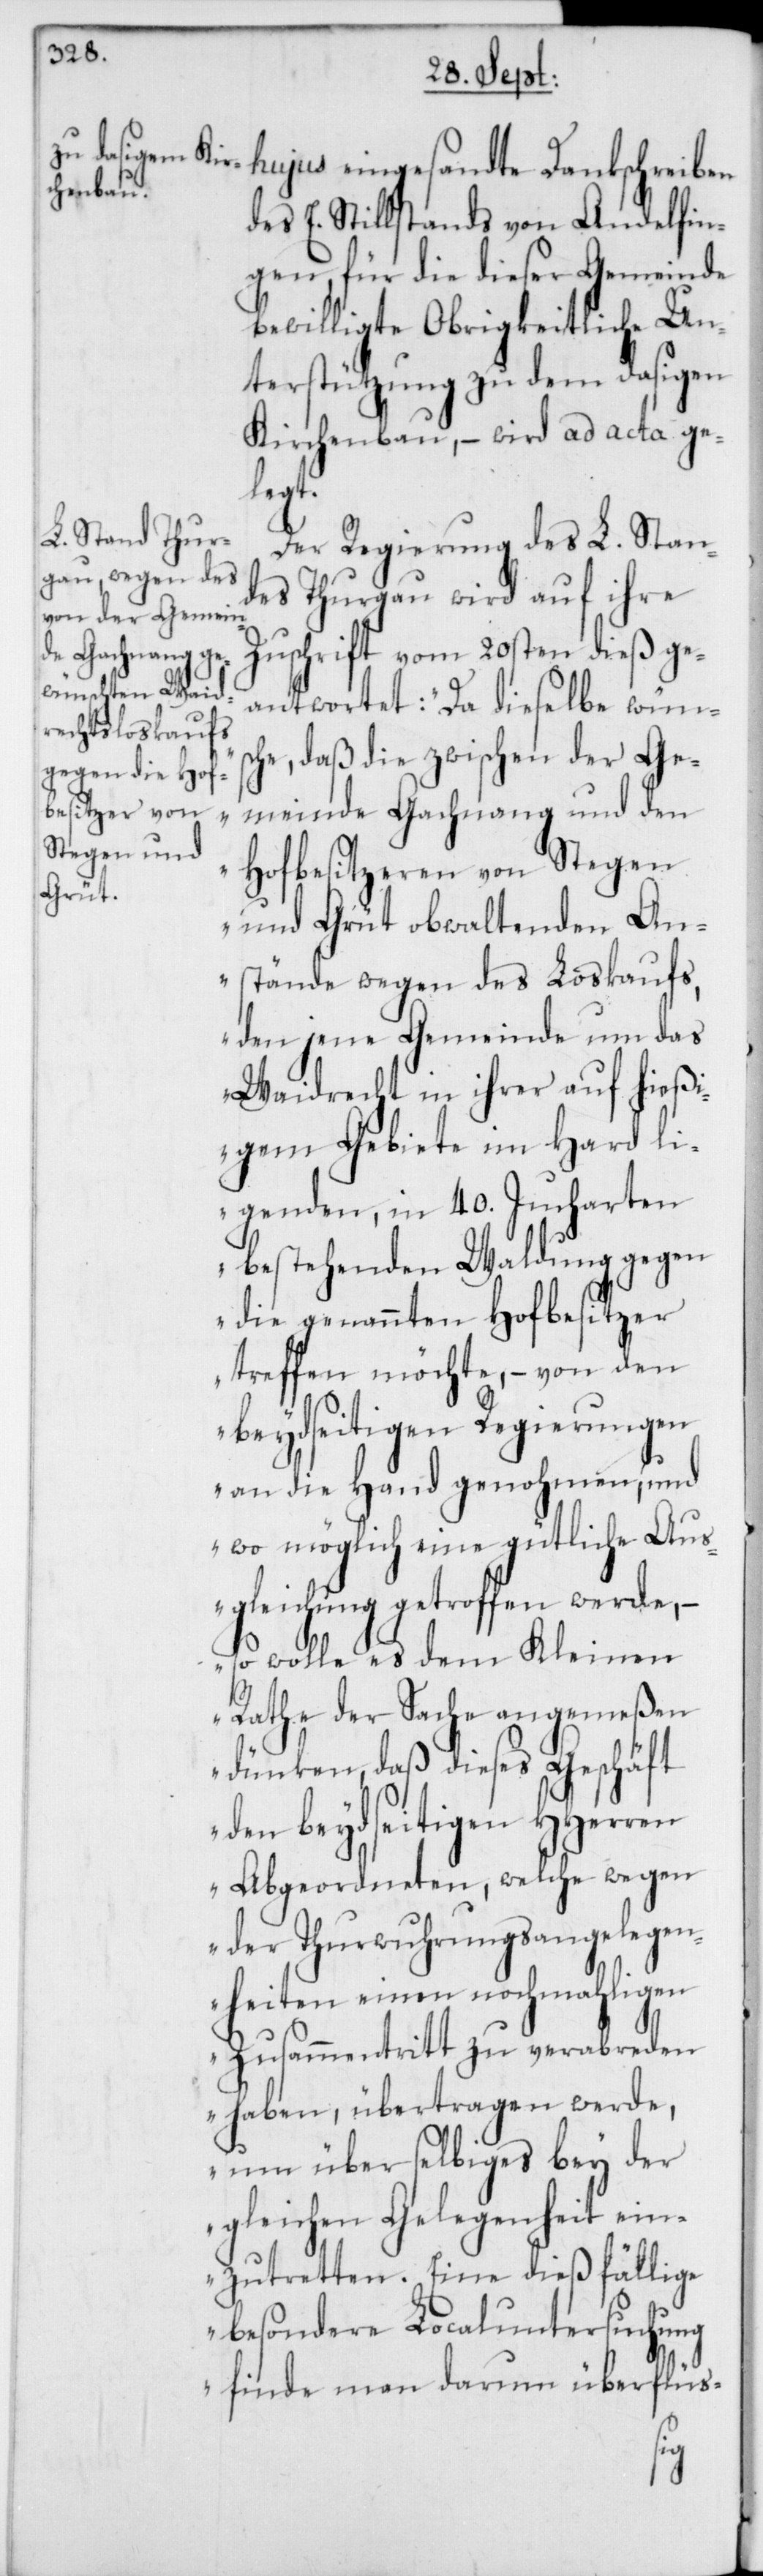
hujus eingesandte Dankschreiben
des E. Stillstands von Andelfin¬
gen, für die dieser Gemeinde
bewilligte Obrigkeitliche Un¬
terstützung zu dem dasigen
Kirchenbau, – wird ad acta ge¬
legt.
Der Regierung des L. Stan¬
des Thurgau wird auf ihre
Zuschrift vom 20sten dieß ge¬
antwortet: „Da dieselbe wüns¬
che, daß die zwischen der Ge¬
meinde Gachnang und den
Hofbesitzeren von Stegen
und Grüt obwaltenden An¬
stände wegen des Loskaufs,
den jene Gemeinde um das
Waidrecht in ihrer auf hieß¬
igem Gebiete im Hard li¬
genden, in 40. Jucharten
bestehenden Waldung gegen
die genannten Hofbesitzer
treffen möchte, – von den
beydseitigen Regierungen
an die Hand genohmen, und
wo möglich eine gütliche Aus¬
gleichung getroffen werde, –
so wolle es dem Kleinen
Rathe der Sache angemeßen
dünken, daß dieses Geschäft
den beydseitigen HHerren
Abgeordneten, welche wegen
der Thurwuhrungsangelegen¬
heiten einen nochmahligen
Zusammentritt zu verabreden
haben, übertragen werde,
um über selbiges bey der
gleichen Gelegenheit ein¬
zutretten. Eine dießfällige
besondere Localuntersuchung
finde man darum überflüs-